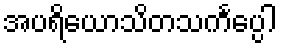
အပရိယောသိတသင်္ကပ္ပေါ